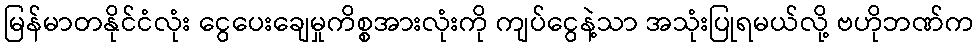
မြန်မာတနိုင်ငံလုံး ငွေပေးချေမှုကိစ္စအားလုံးကို ကျပ်ငွေနဲ့သာ အသုံးပြုရမယ်လို့ ဗဟိုဘဏ်က